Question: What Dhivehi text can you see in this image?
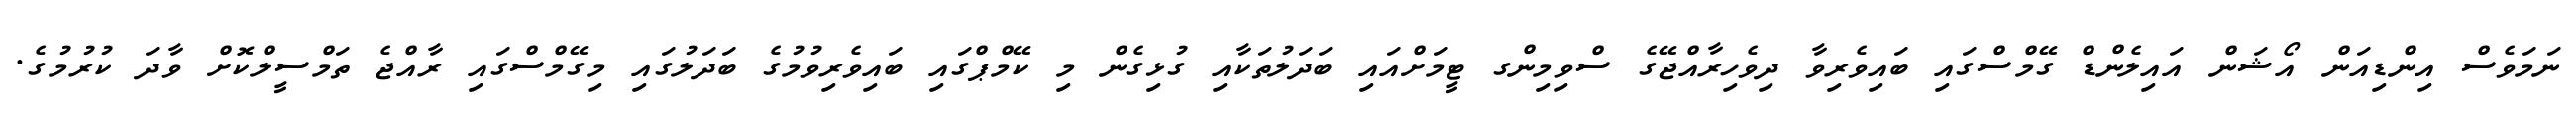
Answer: ނަމަވެސް އިންޑިއަން އޯޝަން އައިލެންޑް ގޭމްސްގައި ބައިވެރިވާ ދިވެހިރާއްޖޭގެ ސްވިމިންގ ޓީމަށްއައި ބަދަލުތަކާއި ގުޅިގެން މި ކޭމްޕްގައި ބައިވެރިވުމުގެ ބަދަލުގައި މިގޭމްސްގައި ރާއްޖެ ތަމްސީލްކޮށް ވާދަ ކުރުމުގެ.